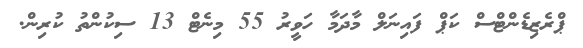
ޕްރެޒިޑެންޓްސް ކަޕް ފައިނަލް މާދަމާ ހަވީރު 55 މިނެޓް 13 ސިކުންތު ކުރިން.